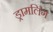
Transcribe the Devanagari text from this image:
ड्रामलिंग